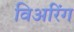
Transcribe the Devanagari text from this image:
विअरिंग